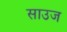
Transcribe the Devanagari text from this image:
साउज